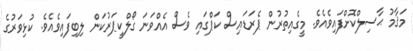
މަޤާމު ޙާސިލްކޮށްފައިވެއެވެ. މީގެއިތުރުން ޕެރަޑައިސް ކަޕްގައި ވެސް އެއްވަނަ ގޯލްކީޕަރުކަން ލިބިފައިވެއެވެ. ކުޅިވަރުގެ